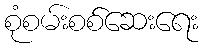
စုံစမ်းစစ်ဆေးရေး